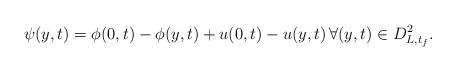
LaTeX: \begin{align*}\psi (y,t) = \phi (0,t) - \phi (y,t) + u(0,t) - u(y,t)\, \forall (y,t) \in {D_{L,{t_f}}^2}.\end{align*}